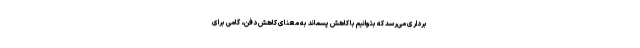
برداری می‌رسد که بتوانیم با کاهش پسماند به معنای کاهش دفن، گامی برای